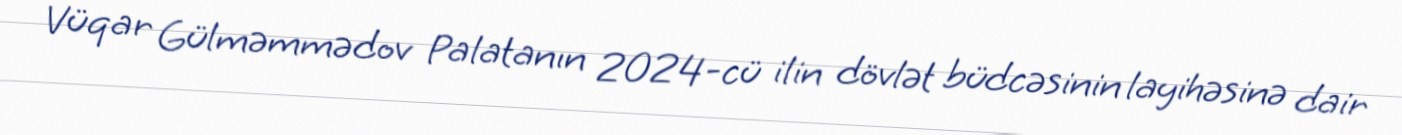
Vüqar Gülməmmədov Palatanın 2024-cü ilin dövlət büdcəsinin layihəsinə dair